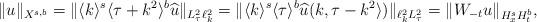
LaTeX: \begin{align*} \|u\|_{X^{s,b}} = \|\langle k \rangle^{s}\langle \tau + k^2\rangle^{b}\widehat{u}\|_{L^2_\tau\ell^2_k} = \|\langle k\rangle ^s\langle \tau\rangle^b \widehat{u}(k, \tau - k^2\rangle)\|_{\ell^2_k L^2_\tau}=\|W_{-t}u\|_{H^s_xH^b_t},\end{align*}